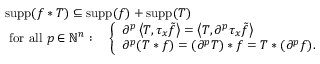
{ \begin{array} { r l } & { \operatorname { s u p p } ( f \ast T ) \subseteq \operatorname { s u p p } ( f ) + \operatorname { s u p p } ( T ) } \\ & { { \mathrm { ~ f o r ~ a l l ~ } } p \in \mathbb { N } ^ { n } : \quad { \left\{ \begin{array} { l l } { \partial ^ { p } \left\langle T , \tau _ { x } { \tilde { f } } \right\rangle = \left\langle T , \partial ^ { p } \tau _ { x } { \tilde { f } } \right\rangle } \\ { \partial ^ { p } ( T \ast f ) = ( \partial ^ { p } T ) \ast f = T \ast ( \partial ^ { p } f ) . } \end{array} \right. } } \end{array} }